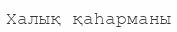
Халық қаһарманы